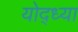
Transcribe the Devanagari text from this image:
योद्ध्या